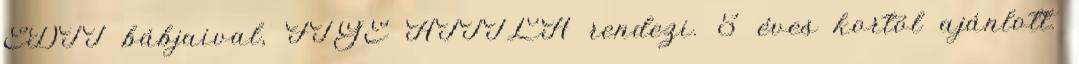
EDIT bábjaival, FIGE ATTILA rendezi. 5 éves kortól ajánlott.